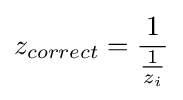
z_{correct}={\frac {1}{\frac {1}{z_{i}}}}